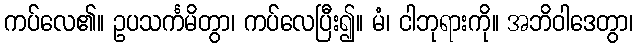
ကပ်လေ၏။ ဥပသင်္ကမိတွာ၊ ကပ်လေပြီး၍။ မံ၊ ငါဘုရားကို။ အဘိဝါဒေတွာ၊